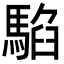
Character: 𩤂